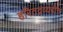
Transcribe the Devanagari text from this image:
हरितद्रव्यहीन